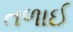
તળાઈ